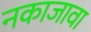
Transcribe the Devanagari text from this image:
नकाजावा